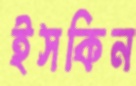
ইসকিন